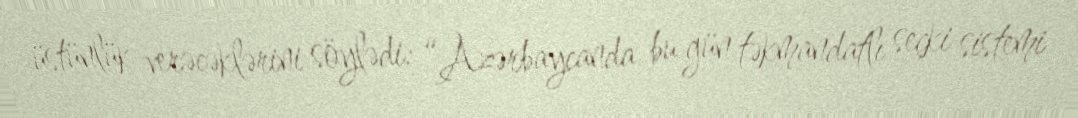
üstünlük verəcəklərini söylədi: “Azərbaycanda bu gün təkmandatlı seçki sistemi